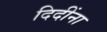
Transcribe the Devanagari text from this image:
दिदींना